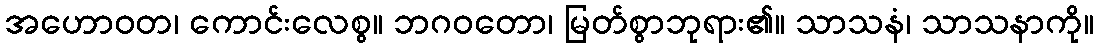
အဟောဝတ၊ ကောင်းလေစွ။ ဘဂဝတော၊ မြတ်စွာဘုရား၏။ သာသနံ၊ သာသနာကို။